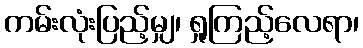
ကမ်းလုံးပြည့်မျှ၊ ရှုကြည့်လေရာ၊